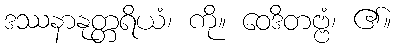
ဒဿနာနုတ္တရိယံ၊ ကို။ ဝေဒိတဗ္ဗံ၊ ၏။